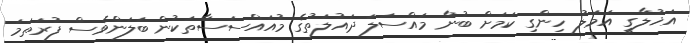
އަޚުލާގީ އަމަލު ހިންގި ކަމަށް ބުނާ މައްސަލަ ދައުލަތުގެ މުއައްސަސާތަކުން ބަލަންވެސް ފުރަތަމަ